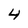
Character: 4